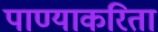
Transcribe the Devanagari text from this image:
पाण्याकरिता